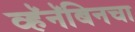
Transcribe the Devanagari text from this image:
व्हॅनॅबिनचा